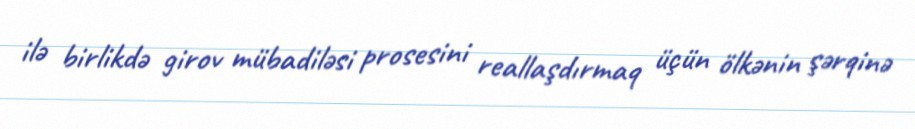
ilə birlikdə girov mübadiləsi prosesini reallaşdırmaq üçün ölkənin şərqinə